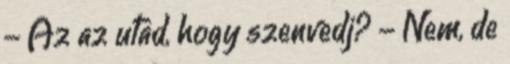
- Az az utad, hogy szenvedj? - Nem, de